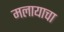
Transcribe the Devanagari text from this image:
मलायाचा